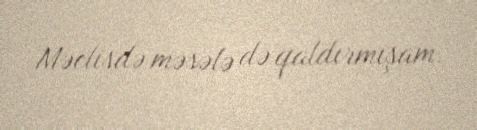
Məclisdə məsələ də qaldırmışam.